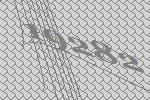
19282